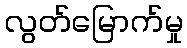
လွတ်မြောက်မှု